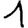
Digit: 1